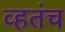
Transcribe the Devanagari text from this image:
व्हतंच